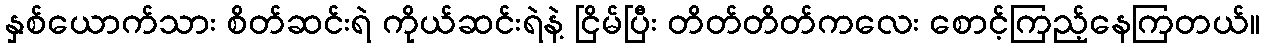
နှစ်ယောက်သား စိတ်ဆင်းရဲ ကိုယ်ဆင်းရဲနဲ့ ငြိမ်ပြီး တိတ်တိတ်ကလေး စောင့်ကြည့်နေကြတယ်။